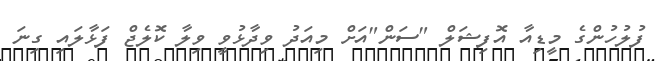
ފުލުހުންގެ މީޑިއާ އޮފިޝަލް "ސަން"އަށް މިއަދު ވިދާޅުވީ ވިލާ ކޮލެޖް ފަޅާލައި ގިނަ